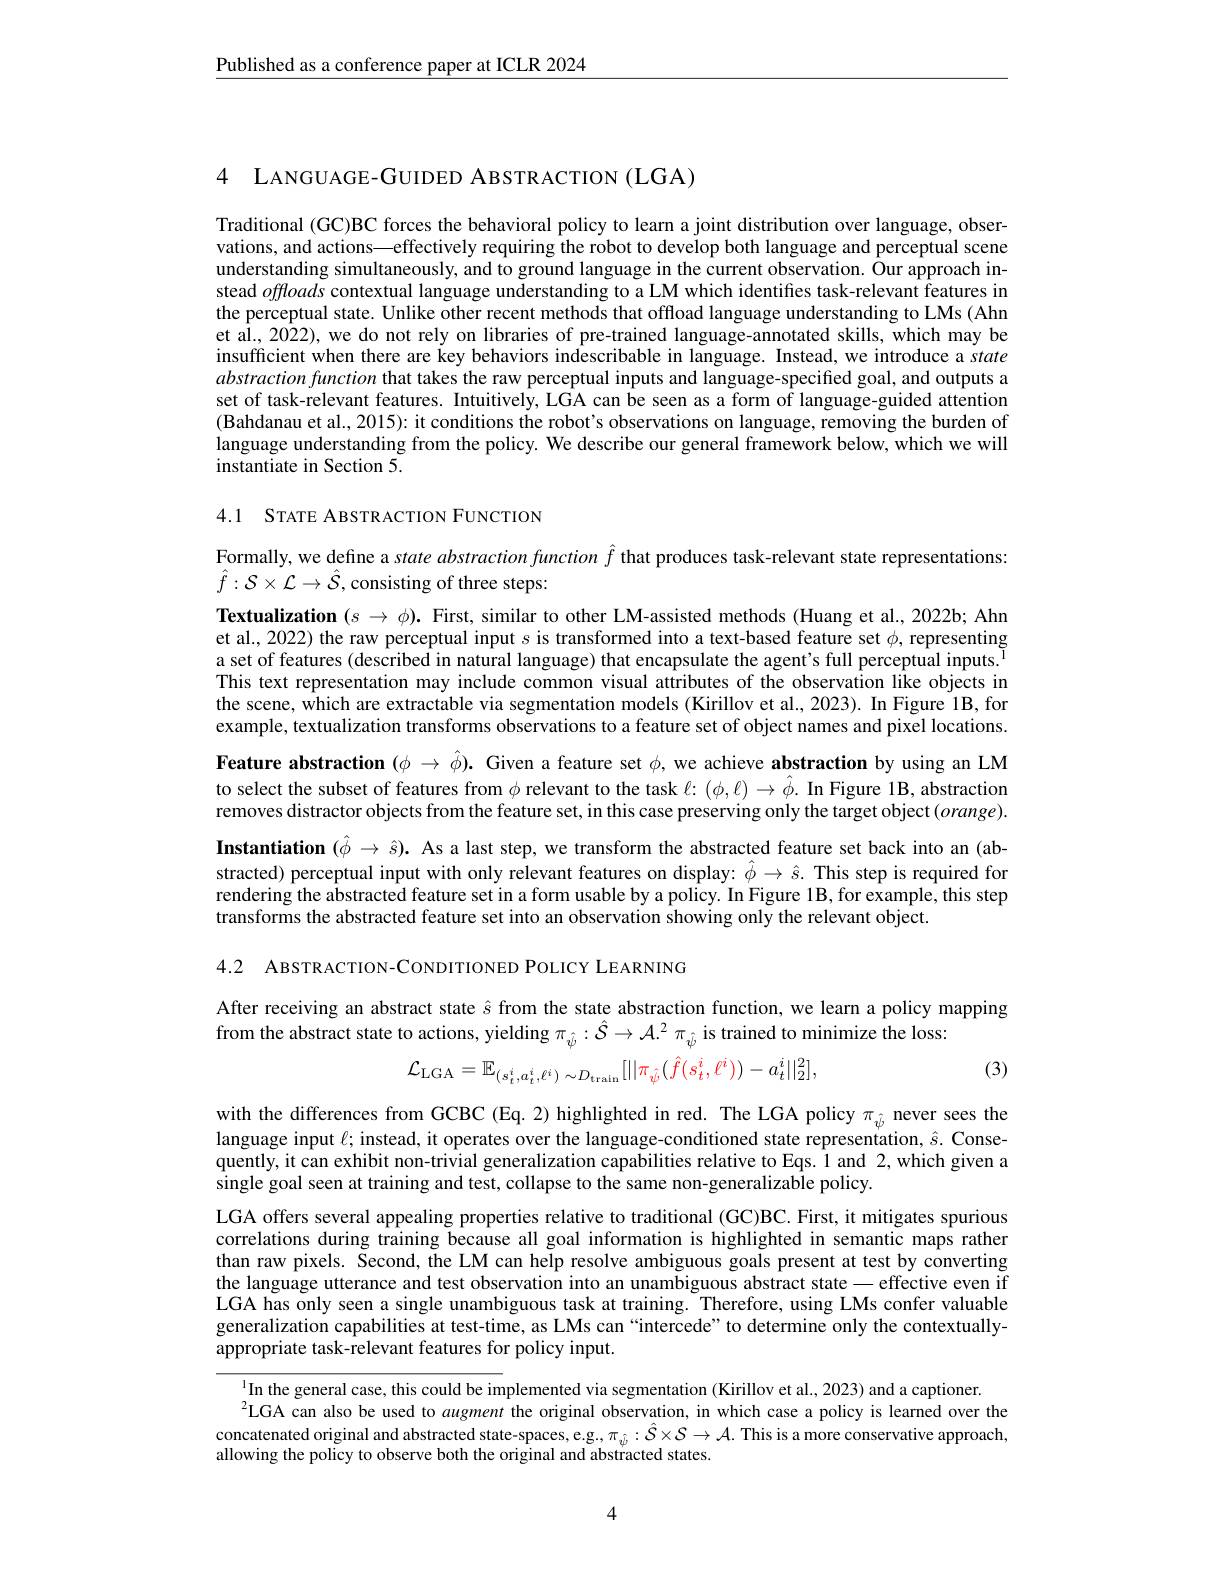
$\underline{\text{Published as a conference paper at ICLR 2024}}$

4 LANGUAGE-GUIDED ABSTRACTION (LGA)

Traditional (GC)BC forces the behavioral policy to learn a joint distribution over language, observations, and actions——effectively requiring the robot to develop both language and perceptual scene understanding simultaneously, and to ground language in the current observation. Our approach instead offloads contextual language understanding to a LM which identifies task-relevant features in the perceptual state. Unlike other recent methods that offload language understanding to LMs (Ahn et al., 2022), we do not rely on libraries of pre-trained language-annotated skills, which may be insufficient when there are key behaviors indescribable in language. Instead, we introduce a state abstractionfunction that takes the raw perceptual inputs and language-specified goal, and outputs a set of task-relevant features. Intuitively, LGA can be seen as a form of language-guided attention (Bahdanau et al., 2015): it conditions the robot's observations on language, removing the burden of language understanding from the policy. We describe our general framework below, which we will instantiate in Section 5.

4.1 STATE ABSTRACTION FUNCTION

Formally, we define a state abstraction function $\hat{f}$ that produces task-relevant state representations:
$\hat{f}:\mathcal{S}\times\mathcal{L}\to\hat{\mathcal{S}}$,consisting of three steps:

Textualization $(s\to\phi).$ First, similar to other LM-assisted methods (Huang et al., 2022b; Ahn et al., 2022) the raw perceptual input $s$ is transformed into a text-based feature set $\phi$, representing a set of features (described in natural language) that encapsulate the agent's full perceptual inputs. This text representation may include common visual attributes of the observation like objects in the scene, which are extractable via segmentation models (Kirillov et al., 2023). In Figure lB, for example, textualization transforms observations to a feature set of object names and pixel locations. Feature abstraction $(\phi\to\hat{\phi}).$ Given a feature set $\phi$, we achieve abstraction by using an LM to select the subset of features from $\phi$ relevant to the task $\ell{:}(\phi,\ell)\to\hat{\phi}.$ In Figure 1B, abstraction removes distractor objects from the feature set, in this case preserving only the target object $(orange).$ Instantiation $(\hat{\phi}\to\hat{s}).$ As a last step, we transform the abstracted feature set back into an (abstracted) perceptual input with only relevant features on display: $\hat{\phi}\to\hat{s}.$ This step is required for rendering the abstracted feature set in a form usable by a policy. In Figure 1B, for example, this step transforms the abstracted feature set into an observation showing only the relevant object.

4.2 ABSTRACTION-CONDITIONED POLICY LEARNING

After receiving an abstract state $\hat{s}$ from the state abstraction function, we learn a policy mapping
from the abstract state to actions, yielding $\pi_{\hat{\psi}}:\hat{S}\to\mathcal{A}.^2\pi_{\hat{\psi}}$ is trained to minimize the loss:
$$\mathcal{L}_{\mathrm{LGA}}=\mathbb{E}_{(s_{t}^{i},a_{t}^{i},\ell^{i})\:\sim D_{\mathrm{train}}}[||\pi_{\hat{\psi}}(\hat{f}(s_{t}^{i},\ell^{i}))-a_{t}^{i}||_{2}^{2}],$$
(3)

with the differences from GCBC (Eq.2) highlighted in red. The LGA policy $\pi_{\hat{\psi}}$ never sees the language input $\ell;$ instead, it operates over the language-conditioned state representation, $\hat{s}.$ Consequently, it can exhibit non-trivial generalization capabilities relative to Eqs. 1 and 2,which given a single goal seen at training and test, collapse to the same non-generalizable policy.

LGA offers several appealing properties relative to traditional (GC)BC. First, it mitigates spurious correlations during training because all goal information is highlighted in semantic maps rather than raw pixels. Second, the LM can help resolve ambiguous goals present at test by converting the language utterance and test observation into an unambiguous abstract state - effective even if LGA has only seen a single unambiguous task at training. Therefore, using LMs confer valuable generalization capabilities at test-time, as LMs can “intercede” to determine only the contextuallyappropriate task-relevant features for policy input.

$^{1}$In the general case, this could be implemented via segmentation (Kirillov et al., 2023) and a captioner
$^{2}$LGA can also be used to augment the original observation, in which case a policy is learned over the concatenated original and abstracted state-spaces, e.g, $\pi_{\hat{\psi}}:\hat{\mathcal{S}}\times\mathcal{S}\to\mathcal{A}.$ This is a more conservative approach, allowing the policy to observe both the original and abstracted states.

4